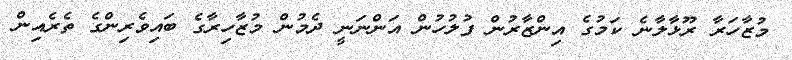
މުޒާހަރާ ރޫޅާލާނެ ކަމުގެ އިންޒާރުން ފުލުހުން އަންނަނީ ދެމުން މުޒާހިރާގެ ބައިވެރިންގެ ތެރެއިން